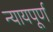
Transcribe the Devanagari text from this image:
न्‍यायपूर्ण